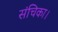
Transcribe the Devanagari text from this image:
संचिका।